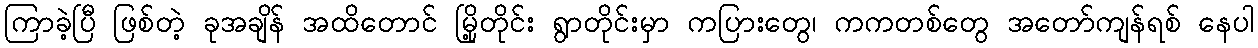
ကြာခဲ့ပြီ ဖြစ်တဲ့ ခုအချိန် အထိတောင် မြို့တိုင်း ရွာတိုင်းမှာ ကပြားတွေ၊ ကကတစ်တွေ အတော်ကျန်ရစ် နေပါ